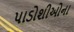
પાડોશીઓના